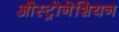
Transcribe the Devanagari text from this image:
औस्ट्रोनेशियन